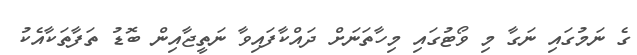
ގެ ނަމުގައި ނަގާ މި ވޯޓުގައި މިހާތަނަށް ދައްކާފައިވާ ނަތީޖާއިން ބޮޑު ތަފާތަކާއެކު